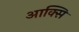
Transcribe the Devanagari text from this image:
आक्सि